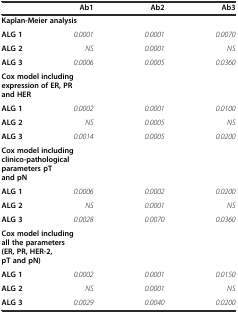
<table><thead><tr><td></td><td><b>Ab1</b></td><td><b>Ab2</b></td><td><b>Ab3</b></td></tr></thead><tbody><tr><td colspan="4"><b>Kaplan-Meier analysis</b></td></tr><tr><td><b>ALG 1</b></td><td><i>0.0001</i></td><td><i>0.0001</i></td><td><i>0.0070</i></td></tr><tr><td><b>ALG 2</b></td><td><i>NS</i></td><td><i>0.0001</i></td><td><i>NS</i></td></tr><tr><td><b>ALG 3</b></td><td><i>0.0006</i></td><td><i>0.0005</i></td><td><i>0.0360</i></td></tr><tr><td colspan="4"><b>Cox model including expression of ER, PR and HER</b></td></tr><tr><td><b>ALG 1</b></td><td><i>0.0002</i></td><td><i>0.0001</i></td><td><i>0.0100</i></td></tr><tr><td><b>ALG 2</b></td><td><i>NS</i></td><td><i>0.0005</i></td><td><i>NS</i></td></tr><tr><td><b>ALG 3</b></td><td><i>0.0014</i></td><td><i>0.0005</i></td><td><i>0.0200</i></td></tr><tr><td colspan="4"><b>Cox model including clinico-pathological parameters pT and pN</b></td></tr><tr><td><b>ALG 1</b></td><td><i>0.0006</i></td><td><i>0.0002</i></td><td><i>0.0200</i></td></tr><tr><td><b>ALG 2</b></td><td><i>NS</i></td><td><i>0.0001</i></td><td><i>NS</i></td></tr><tr><td><b>ALG 3</b></td><td><i>0.0028</i></td><td><i>0.0070</i></td><td><i>0.0360</i></td></tr><tr><td colspan="4"><b>Cox model including all the parameters (ER, PR, HER-2, pT and pN)</b></td></tr><tr><td><b>ALG 1</b></td><td><i>0.0002</i></td><td><i>0.0001</i></td><td><i>0.0150</i></td></tr><tr><td><b>ALG 2</b></td><td><i>NS</i></td><td><i>0.0001</i></td><td><i>NS</i></td></tr><tr><td><b>ALG 3</b></td><td><i>0.0029</i></td><td><i>0.0040</i></td><td><i>0.0200</i></td></tr></tbody></table>